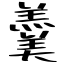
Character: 羹